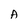
Character: A